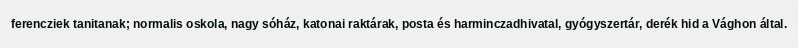
ferencziek tanitanak; normalis oskola, nagy sóház, katonai raktárak, posta és harminczadhivatal, gyógyszertár, derék hid a Vághon által.